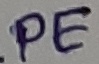
Text: PE